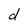
Character: d